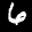
Label: 6